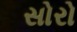
સોરો